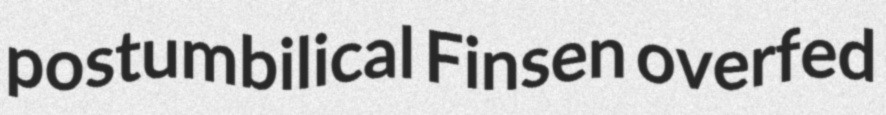
postumbilical Finsen overfed